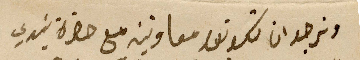
ونرجو ان تكونوا معاونين مع حضرة سَيدي